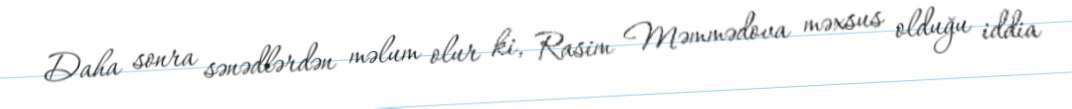
Daha sonra sənədlərdən məlum olur ki, Rasim Məmmədova məxsus olduğu iddia